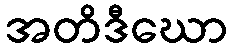
အတိဒီဃော